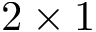
2 \times 1